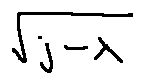
\sqrt { j - \lambda }